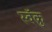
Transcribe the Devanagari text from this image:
स्वॅक्रु